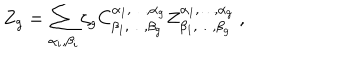
Z _ { g } = \sum _ { \alpha _ { i } , \beta _ { i } } \zeta _ { g } C _ { \beta _ { 1 } , \dots , \beta _ { g } } ^ { \alpha _ { 1 } , \dots , \alpha _ { g } } Z _ { \beta _ { 1 } , \dots , \beta _ { g } } ^ { \alpha _ { 1 } , \dots , \alpha _ { g } } ~ ,